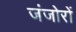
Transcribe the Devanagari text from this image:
जंजोरों